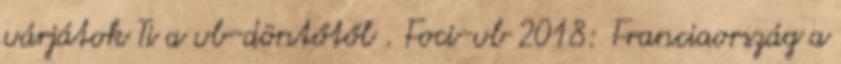
várjátok Ti a vb-döntőtől . Foci-vb 2018: Franciaország a